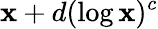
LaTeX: \mathbf{x}+d(\log\mathbf{x})^{c}